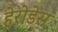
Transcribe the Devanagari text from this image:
हेरोडेस